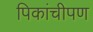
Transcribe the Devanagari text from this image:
पिकांचीपण